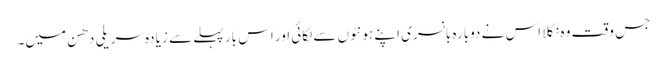
جس وقت وہ نکلا اس نے دوبارہ بانسری اپنے ہونٹوں سے لگائی اور اس بار پہلے سے زیادہ سریلی دھن میں۔